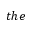
t h e